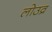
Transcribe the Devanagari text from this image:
लोउव्र